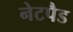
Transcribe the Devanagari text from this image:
नेटपैड